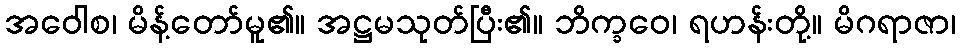
အဝေါစ၊ မိန့်တော်မူ၏။ အဋ္ဌမသုတ်ပြီး၏။ ဘိက္ခဝေ၊ ရဟန်းတို့။ မိဂရာဇာ၊